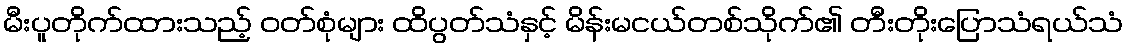
မီးပူတိုက်ထားသည့် ဝတ်စုံများ ထိပွတ်သံနှင့် မိန်းမငယ်တစ်သိုက်၏ တီးတိုးပြောသံရယ်သံ